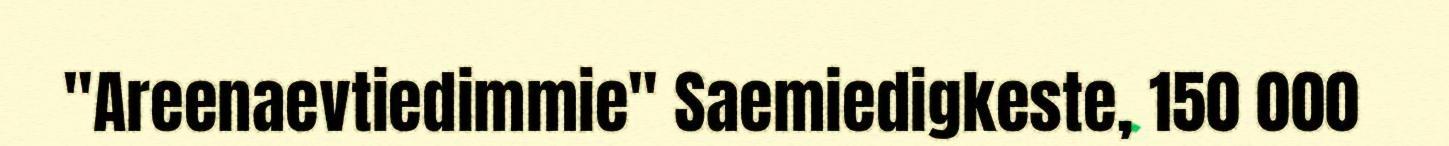
"Areenaevtiedimmie" Saemiedigkeste, 150 000